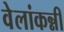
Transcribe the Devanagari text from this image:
वेलांकन्नी